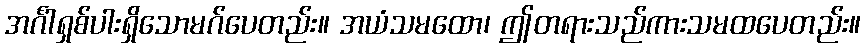
အင်္ဂါရှစ်ပါးရှိသောမဂ်ပေတည်း။ အယံသမထော၊ ဤတရားသည်ကားသမထပေတည်း။